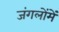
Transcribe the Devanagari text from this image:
जंगलोंमें